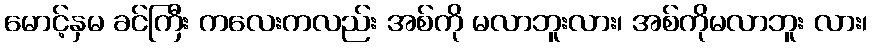
မောင့်နှမ ခင်ကြီး ကလေးကလည်း အစ်ကို မလာဘူးလား၊ အစ်ကိုမလာဘူး လား၊